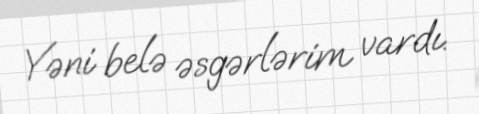
Yəni belə əsgərlərim vardı.